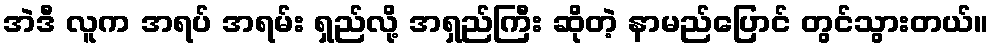
အဲဒီ လူက အရပ် အရမ်း ရှည်လို့ အရှည်ကြီး ဆိုတဲ့ နာမည်ပြောင် တွင်သွားတယ်။